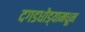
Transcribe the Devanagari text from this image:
दगडधोंड्यामधून